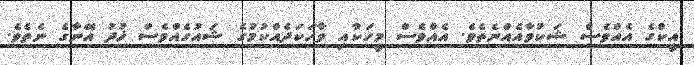
އީކްގެ އެއްވެސް ޝަކުވާއެއްނެތެވެ. އެއްވެސް މީހަކާއި ވާހަކަދެއްކުމުގެ ޝައުގެއްވެސް ޚުދު އޭނާގެ ނެތެވެ.